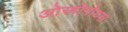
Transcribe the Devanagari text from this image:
ओस्त्रोगोथ्स